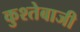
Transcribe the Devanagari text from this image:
कुश्तेबाजी